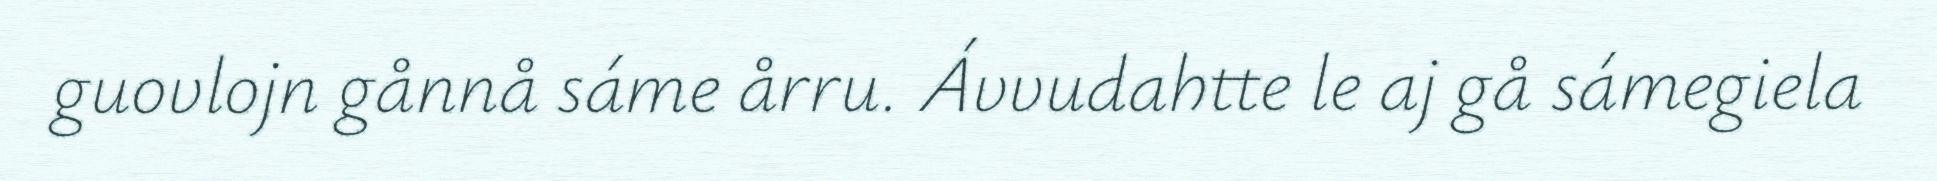
guovlojn gånnå sáme årru. Ávvudahtte le aj gå sámegiela